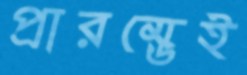
প্রারম্ভেই